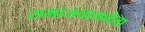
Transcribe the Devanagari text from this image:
समाजचालनेला